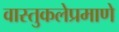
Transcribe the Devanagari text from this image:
वास्तुकलेप्रमाणे